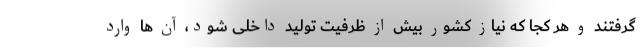
گرفتند و هر کجا که نیاز کشور بیش از ظرفیت تولید داخلی شود، آن ها وارد